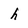
Character: h